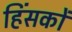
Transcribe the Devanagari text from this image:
हिंसकों